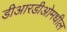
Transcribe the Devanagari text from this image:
डीआरडीओमधील